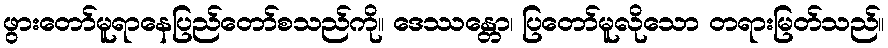
ဖွားတော်မူရာနေပြည်တော်စသည်ကို။ ဒေဿန္တော၊ ပြတော်မူလိုသော တရားမြတ်သည်။